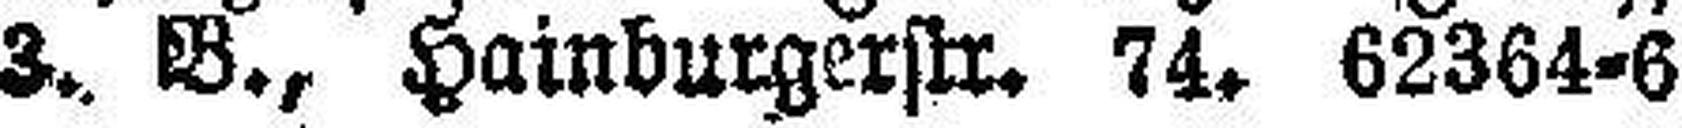
3. B., Hainburgerstr. 74. 62364=6